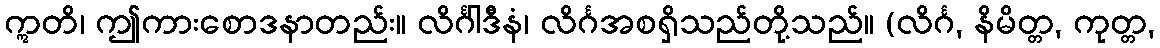
ဣတိ၊ ဤကားစောဒနာတည်း။ လိင်္ဂါဒီနံ၊ လိင်္ဂအစရှိသည်တို့သည်။ (လိင်္ဂ, နိမိတ္တ, ကုတ္တ,